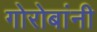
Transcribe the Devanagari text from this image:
गोरोबांनी